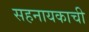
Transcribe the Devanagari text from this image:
सहनायकाची